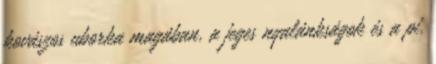
kovászos uborka magában, a jeges nyalánkságok és a pi.